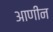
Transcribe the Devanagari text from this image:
आणीन